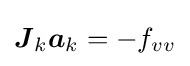
{\boldsymbol {J}}_{k}{\boldsymbol {a}}_{k}=-f_{vv}